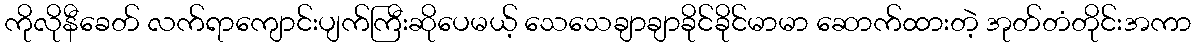
ကိုလိုနီခေတ် လက်ရာကျောင်းပျက်ကြီးဆိုပေမယ့် သေသေချာချာခိုင်ခိုင်မာမာ ဆောက်ထားတဲ့ အုတ်တံတိုင်းအကာ